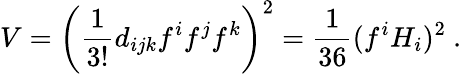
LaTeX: V=\left({\frac{1}{3!}}d_{ijk}f^{i}f^{j}f^{k}\right)^{2}=\frac{1}{36}(f^{i}H_{i})^{2}~.